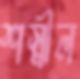
শস্নীল